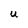
Character: U